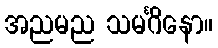
အညမည သမင်္ဂိနော။